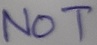
Text: NOT